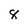
Character: 8